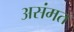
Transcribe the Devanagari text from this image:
असंमत